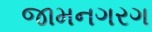
જામનગરગ